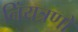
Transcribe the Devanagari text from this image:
निंयत्रणों